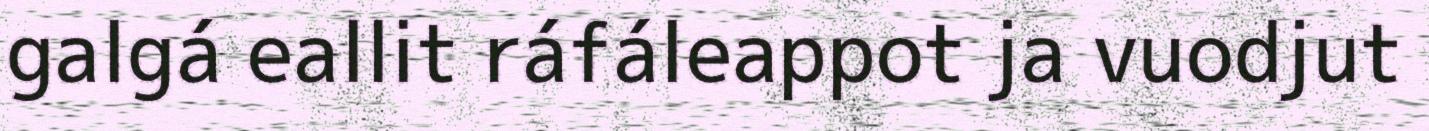
galgá eallit ráfáleappot ja vuodjut